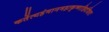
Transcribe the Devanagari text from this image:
कर्तेत्यहंमानमहाकृष्णाहिदंशितः